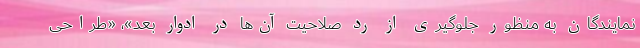
نمایندگان به منظور جلوگیری از رد صلاحیت آن‌ها در ادوار بعد»، «طراحی